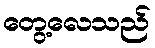
တွေ့လေသည်